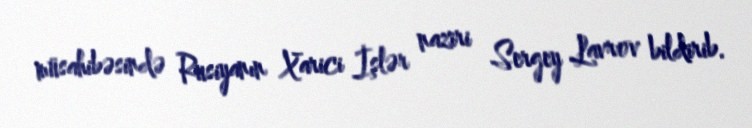
müsahibəsində Rusiyanın Xarici İşlər naziri Sergey Lavrov bildirib.